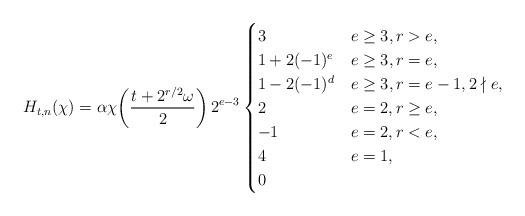
LaTeX: \begin{align*}H_{t,n}(\chi)=\alpha\chi\!\left(\frac{t+2^{r/2}\omega}{2}\right)2^{e-3}\begin{cases}3 & e\ge3, r>e, \\1+2(-1)^e & e\ge 3, r=e, \\1-2(-1)^d & e\ge3, r=e-1, 2\nmid e, \\2 & e=2, r\geq e, \\-1 & e=2, r<e, \\4 & e=1,\\0 & \end{cases}\end{align*}